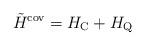
LaTeX: \begin{align*}\tilde{H}^{\mbox{\rm\scriptsize cov}} =H_{\mbox{\rm\scriptsize C}} + H_{\mbox{\rm\scriptsize Q}}\end{align*}